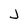
Character: j